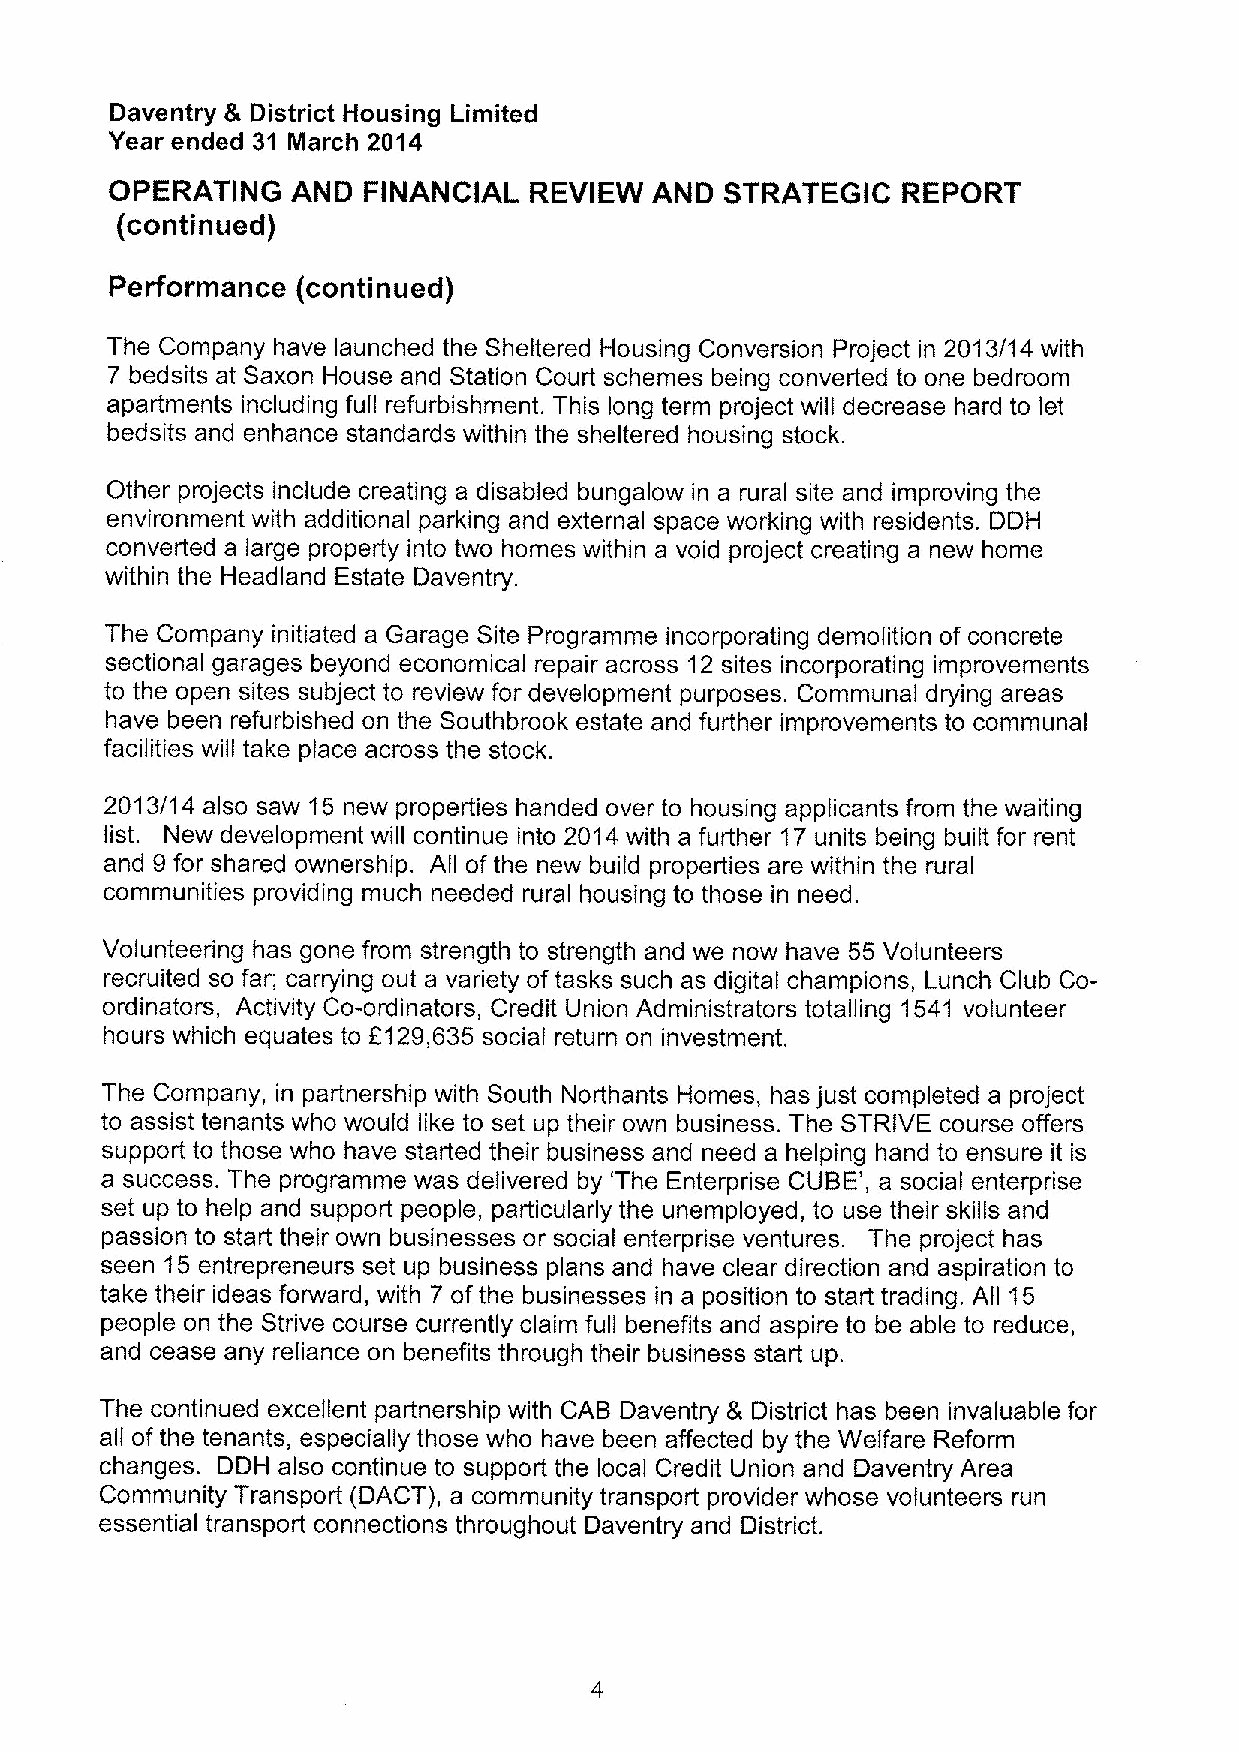
Daventry & District Housing Limited
 Year ended 31 March 2014
 OPERATING   AND  FINANCIAL  REVIEW  AND  STRATEGIC   REPORT
 (continued)
 Performance  (continued)
 The Company have launched the Sheltered Housing Conversion Project in 2013/14 with
 7 bedsits at Saxon House and Station Court schemes being converted to one bedroom
 apartments including full refurbishment. This long term project will decrease hard to let
 bedsits and enhance standards within the sheltered housing stock.
 Other projects include creating a disabled bungalow in a rural site and improving the
 environment with additional parking and external space working with residents. DDH
 converted a large property into two homes within a void project creating a new home
 within the Headland Estate Daventry.
 The Company initiated a Garage Site Programme incorporating demolition of concrete
 sectional garages beyond economical repair across 12 sites incorporating improvements
 to the open sites subject to review for development purposes. Communal drying areas
 have been refurbished on the Southbrook estate and further improvements to communal
 facilities will take place across the stock.
 2013/14 also saw 15 new properties handed over to housing applicants from the waiting
 list. New development will continue into 2014 with a further 17units being built for rent
 and 9 for shared ownership. AII ofthe new build properties are within the rural
 communities providing much needed rural housing to those in need.
 Volunteering has gone from strength to strength and we now have 55 Volunteers
 recruited so far; carrying out a variety oftasks such as digital champions, Lunch Club Co-
 ordinators, Activity Co-ordinators, Credit Union Administrators totalling 1541 volunteer
 hours which equates to 2129,635 social return on investment.
 The Company, in partnership with South Northants Homes, has just completed a project
 to assist tenants who would like to set up their own business. The STRIVE course offers
 support to those who have started their business and need a helping hand to ensure it is
 a success. The programme was delivered by 'The Enterprise CUBE', a social enterprise
 set up to help and support people, particularly the unemployed, to use their skills and
 passion to start their own businesses or social enterprise ventures. The project has
 seen 15entrepreneurs set up business plans and have clear direction and aspiration to
 take their ideas forward, with 7 ofthe businesses in a position to start trading. AII 15
 people on the Strive course currently claim full benefits and aspire to be able to reduce,
 and cease any reliance on benefits through their business start up.
 The continued excellent partnership with CAB Daventry & District has been invaluable for
 alf of the tenants, especially those who have been affected by the Welfare Reform
 changes. DDH also continue to support the local Credit Union and Daventry Area
 Community Transport (DACT), a community transport provider whose volunteers run
 essential transport connections throughout Daventry and District.